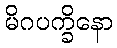
မိဂပက္ခိနော